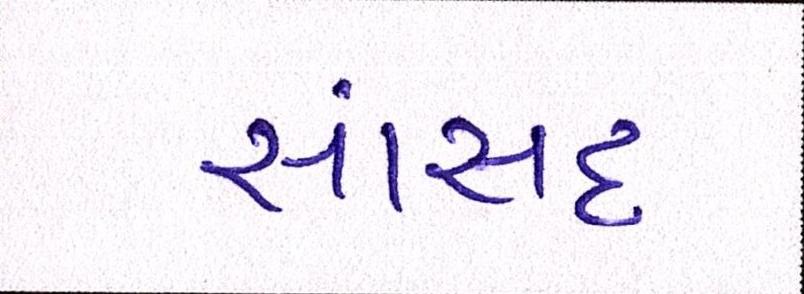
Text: સાંસદ